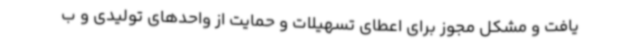
یافت و مشکل مجوز برای اعطای تسهیلات و حمایت از واحدهای تولیدی و ب